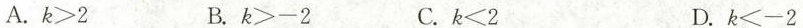
A.$$k > 2$$ B.$$k > - 2$$ C.$$k < 2$$ D.$$k < - 2$$